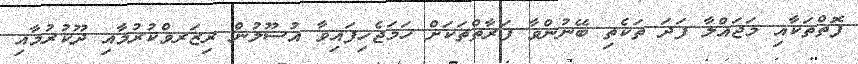
ފޮތްތަކާއި މަޖައްލާ ފަދަ ތަކެތި ބޭނުންވާ ފަރާތްތަކަށް ހަމަޖެހިފައިވާ އުސޫލުން ރިޒަރވްކުރުމާއި ދޫކުރުމާއި